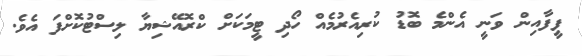
ފީފާއިން ވަނީ އެންމެ ބޮޑު ކުރިއެރުމެއް ހޯދި ޓީމަކަށް ކްރޮއޭޝިޔާ ލިސްޓުކޮށްފަ އެވެ.